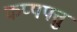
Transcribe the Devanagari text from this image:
कप्पपत्तु